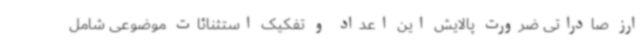
ارز صادراتی ضرورت پالایش این اعداد و تفکیک استثنائات موضوعی شامل